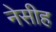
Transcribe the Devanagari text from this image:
नेसीह